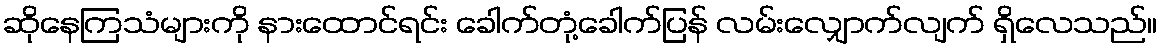
ဆိုနေကြသံများကို နားထောင်ရင်း ခေါက်တုံ့ခေါက်ပြန် လမ်းလျှောက်လျက် ရှိလေသည်။